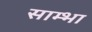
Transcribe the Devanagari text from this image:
साम्भा